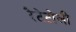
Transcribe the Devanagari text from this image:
रैटेटोली